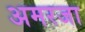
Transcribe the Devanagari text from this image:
अमरजा